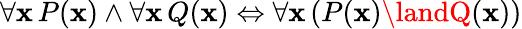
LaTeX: \forall\mathbf{x}\, P(\mathbf{x})\land\forall\mathbf{x}\, Q(\mathbf{x})\Leftrightarrow\forall\mathbf{x}\, (P(\mathbf{x})\landQ(\mathbf{x}))